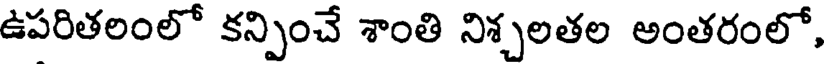
ఉపరితలంలో కన్పించే శాంతి నిశ్చలతల అంతరంలో,